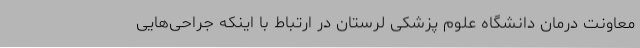
معاونت درمان دانشگاه علوم پزشکی لرستان در ارتباط با اینکه جراحی‌هایی